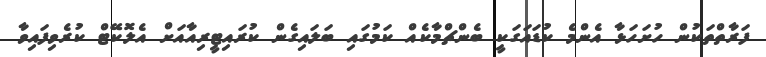
ފަރާތްތަކުން ހުށަހަޅާ އެންމެ ކުޑައަގަކީ ބެންޗްމާކެއް ކަމުގައި ބަލައިގެން ކުރައިޓީރިއާއަށް އެލޮކޭޓް ކުރެވިފައިވާ